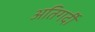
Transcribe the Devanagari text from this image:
अतिगर्दी